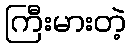
ကြီးမားတဲ့